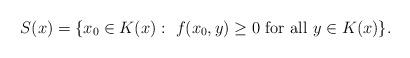
LaTeX: \begin{align*}S(x)=\{x_0\in K(x):~f(x_0,y)\geq0\mbox{ for all }y\in K(x)\}.\end{align*}